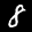
Label: 8